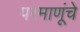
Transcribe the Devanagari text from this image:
परमाणूंचे